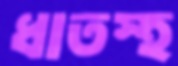
ধাতস্হ